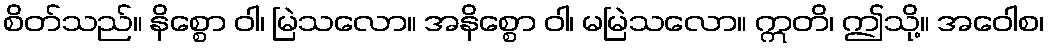
စိတ်သည်။ နိစ္စော ဝါ၊ မြဲသလော။ အနိစ္စော ဝါ၊ မမြဲသလော။ ဣတိ၊ ဤသို့။ အဝေါစ၊